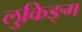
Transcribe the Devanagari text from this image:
लुकिङ्ग